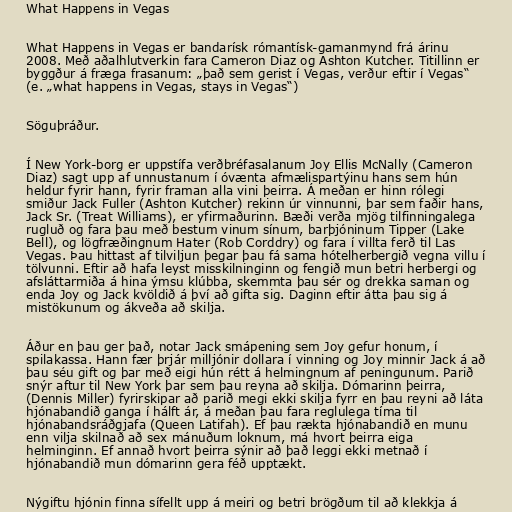
What Happens in Vegas

What Happens in Vegas er bandarísk rómantísk-gamanmynd frá árinu
2008. Með aðalhlutverkin fara Cameron Diaz og Ashton Kutcher. Titillinn er
byggður á fræga frasanum: „það sem gerist í Vegas, verður eftir í Vegas“
(e. „what happens in Vegas, stays in Vegas“)

Söguþráður.

Í New York-borg er uppstífa verðbréfasalanum Joy Ellis McNally (Cameron
Diaz) sagt upp af unnustanum í óvænta afmælispartýinu hans sem hún
heldur fyrir hann, fyrir framan alla vini þeirra. Á meðan er hinn rólegi
smiður Jack Fuller (Ashton Kutcher) rekinn úr vinnunni, þar sem faðir hans,
Jack Sr. (Treat Williams), er yfirmaðurinn. Bæði verða mjög tilfinningalega
rugluð og fara þau með bestum vinum sínum, barþjóninum Tipper (Lake
Bell), og lögfræðingnum Hater (Rob Corddry) og fara í villta ferð til Las
Vegas. Þau hittast af tilviljun þegar þau fá sama hótelherbergið vegna villu í
tölvunni. Eftir að hafa leyst misskilninginn og fengið mun betri herbergi og
afsláttarmiða á hina ýmsu klúbba, skemmta þau sér og drekka saman og
enda Joy og Jack kvöldið á því að gifta sig. Daginn eftir átta þau sig á
mistökunum og ákveða að skilja.

Áður en þau ger það, notar Jack smápening sem Joy gefur honum, í
spilakassa. Hann fær þrjár milljónir dollara í vinning og Joy minnir Jack á að
þau séu gift og þar með eigi hún rétt á helmingnum af peningunum. Parið
snýr aftur til New York þar sem þau reyna að skilja. Dómarinn þeirra,
(Dennis Miller) fyrirskipar að parið megi ekki skilja fyrr en þau reyni að láta
hjónabandið ganga í hálft ár, á meðan þau fara reglulega tíma til
hjónabandsráðgjafa (Queen Latifah). Ef þau rækta hjónabandið en munu
enn vilja skilnað að sex mánuðum loknum, má hvort þeirra eiga
helminginn. Ef annað hvort þeirra sýnir að það leggi ekki metnað í
hjónabandið mun dómarinn gera féð upptækt.

Nýgiftu hjónin finna sífellt upp á meiri og betri brögðum til að klekkja á